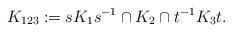
LaTeX: \begin{align*} K_{123}:=s K_1 s^{-1}\cap K_2\cap t^{-1} K_3 t. \end{align*}